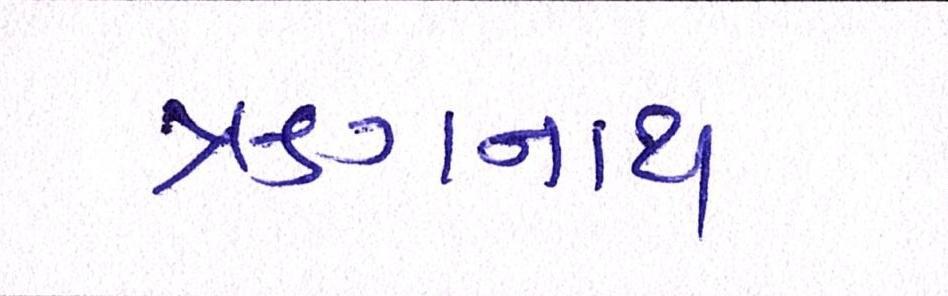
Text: ઋગનાથ